kultuurilooline_kollektsioon, lk 45
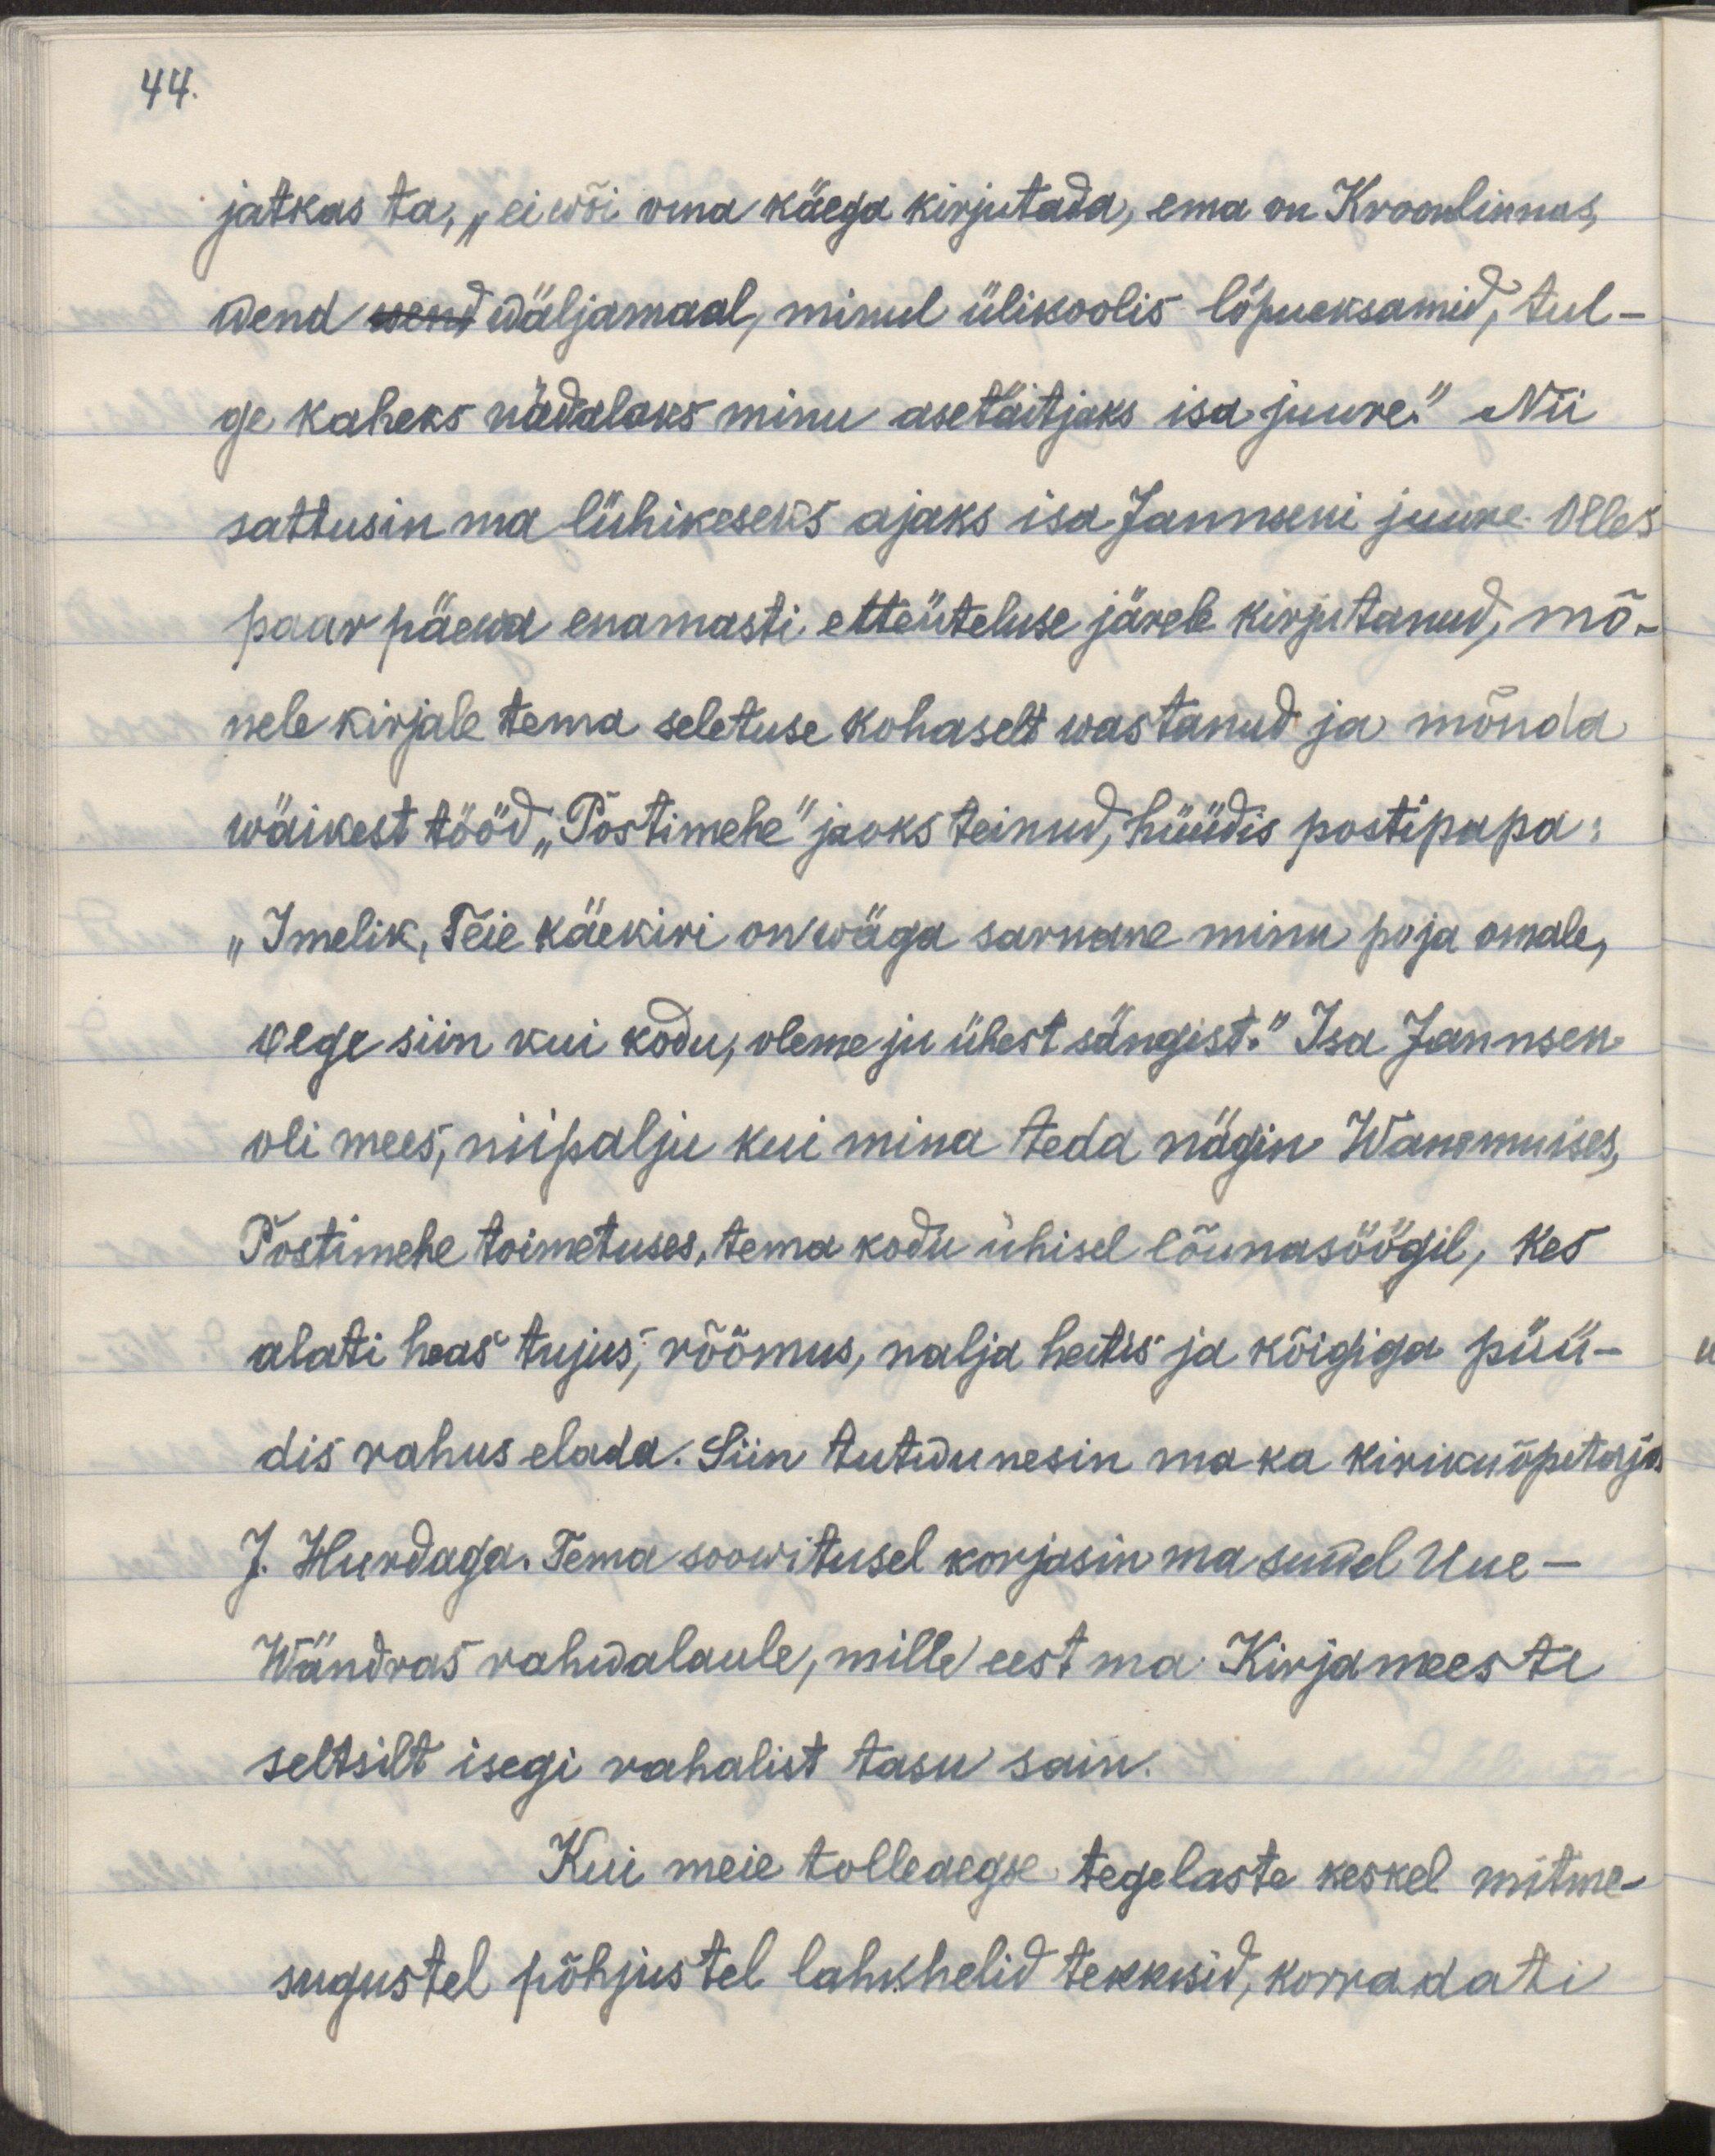
44.
jatkas ta, „ei wõi oma käega kirjutada, ema on Kroonlinnas, 
wend wend wäljamaal, minul ülikoolis lõpueksamid, tul-
ge kaheks nädalas minu asetäitjaks isa juure." Nii
sattusin ma lühikeseks ajaks isa Jannseni juure. Olles
paar päewa enamasti etteüteluse järele kirjutanud, mõ-
nele kirjale tema seletuse kohaselt wastanud ja mõnda 
wäikest tööd „Postimehe" jaoks teinud, hüüdis postipapa:
„Imelik, Teie käekiri on wäga sarnane minu poja omale,
olge siin kui kodu, oleme ju ühest sängist."  Isa Jannsen
oli mees, niipalju kui mina teda nägin Wanemuises,
Postimehe toimetuses, tema kodu ühisel lõunasöögil, kes 
alati heas tujus, rõõmus, nalja heitis ja kõigiga püü-
dis rahus elada. Siin tutwunesin ma ka kirikuõpetaja
J. Hurdaga. Tema soowitusel korjasin ma suwel Uue-
Wändras rahwalaule, mille eest ma Kirjameeste
seltsilt isegi rahalist tasu sain.
Kui me tolleaegse tegelaste keskel mitme-
sugustel põhjustel lahkhelid tekkisid, korraldati